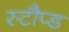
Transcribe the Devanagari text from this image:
स्टौप्ड